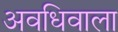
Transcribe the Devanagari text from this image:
अवधिवाला